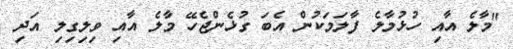
"މާލެ އާއި ހުޅުމާލެ ފާލަމަކުން އެބަ ގުޅެންޖެހޭ މާލެ އާއި ވިލިގިލި އަދި